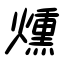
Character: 燻